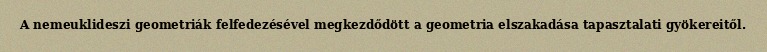
A nemeuklideszi geometriák felfedezésével megkezdődött a geometria elszakadása tapasztalati gyökereitől.